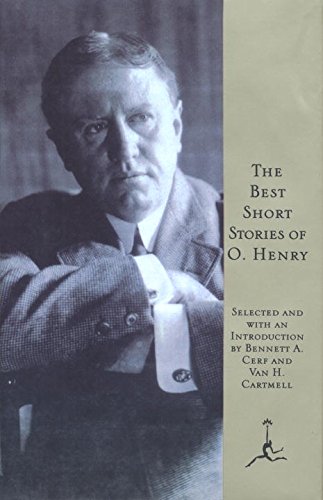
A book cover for The Best Short Stories of O. Henry (Modern Library); O. Henry; Literature & Fiction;